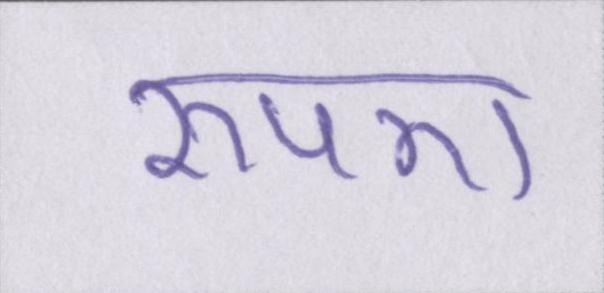
रुपए